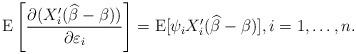
LaTeX: \begin{align*}{\mathrm{E}}\left[ \frac{\partial (X_{i}^{\prime }(\widehat{\beta }-\beta ))}{\partial \varepsilon _{i}}\right] ={\mathrm{E}}[\psi _{i}X_{i}^{\prime }(\widehat{\beta }-\beta )],i=1,\dots ,n. \end{align*}